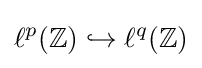
\ell ^{p}(\mathbb {Z} )\hookrightarrow \ell ^{q}(\mathbb {Z} )